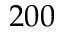
2 0 0